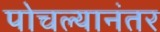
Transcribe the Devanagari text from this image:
पोचल्यानंतर